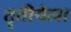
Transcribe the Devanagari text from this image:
तॄतीयेला